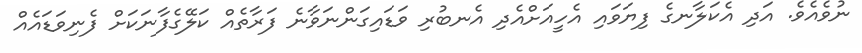
ނުވެއެވެ. އަދި އެކަލާނގެ ފިޔަވައި އެހީއަށްއެދި އެނބުރި ވަޑައިގަންނަވާނެ ފަރާތެއް ކަލޭގެފާނަކަށް ފެނިވަޑައެއް